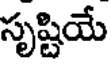
సృష్టియే